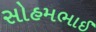
સોહમભાઈ